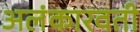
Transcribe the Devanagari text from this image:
अलंकारवती